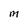
Character: M